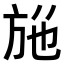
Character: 𭤮